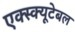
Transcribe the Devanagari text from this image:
एक्स्क्यूटेबल